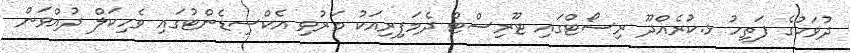
ދުވަހުގެ ފަތިހު ޅ.ކުރެއްދޫ ރިސޯޓްގައި ޓޫރިސްޓް ދެމަފިރިއަކު މަރުވި އެކްސިޑެންޓުގައި ވެހިކަލް ދުއްވަން